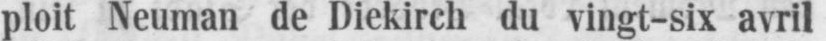
ploit Neuman de Diekirch du vingt-six avril